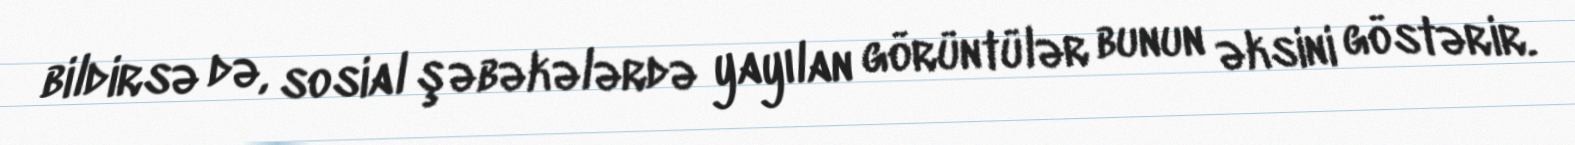
bildirsə də, sosial şəbəkələrdə yayılan görüntülər bunun əksini göstərir.